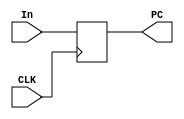

module PC(PC, In, CLK);
	input		[4:0] 	In;
	input 				CLK;
	output reg	[4:0] 	PC;
	
	initial PC = 5'd0;
	
	always @(posedge CLK) begin
		PC = In;
	end
	
endmodule